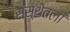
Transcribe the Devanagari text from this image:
संस्थेतली